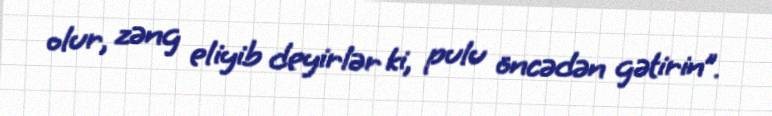
olur, zəng eliyib deyirlər ki, pulu öncədən gətirin”.